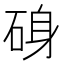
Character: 𮀝